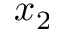
x _ { 2 }